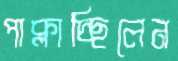
পাক্‌লাচ্ছিলেন